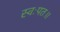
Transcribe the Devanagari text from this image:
स्वःपत॥